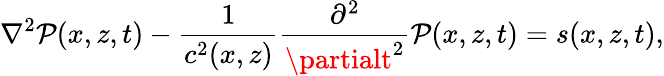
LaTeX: \nabla^{2}\mathcal{P}(x,z,t)-\frac{{1}}{{c^{2}(x,z)}}\frac{{\partial^{2}}}{{\partialt^{2}}}\mathcal{P}(x,z,t)=s(x,z,t),